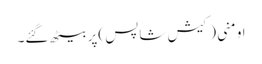
اومنی (کیش شاپس )پر بیٹھ گئے۔